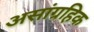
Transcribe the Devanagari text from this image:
असांग्रहिक